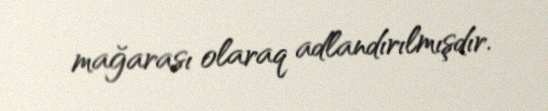
mağarası olaraq adlandırılmışdır.